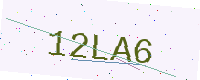
Text: 12LA6